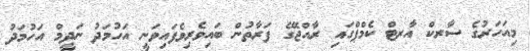
މިއަހަރުގެ ސާރކް އާރޓް ކެމްޕްގައި ރާއްޖޭގެ ފަރާތުން ބައިވެރިވެފައިވަނީ އަހުމަދު ނަދީމް އަހުމަދު